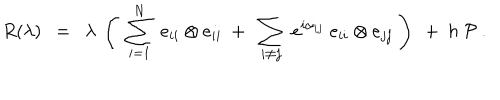
R ( \lambda ) ~ ~ = ~ ~ \lambda ~ \left( ~ \sum _ { i = 1 } ^ { N } ~ e _ { i i } \otimes e _ { i i } ~ + ~ \sum _ { i \neq j } ~ e ^ { i \alpha _ { i j } } ~ e _ { i i } \otimes e _ { j j } ~ \right) ~ + ~ h ~ { \cal P } ~ .